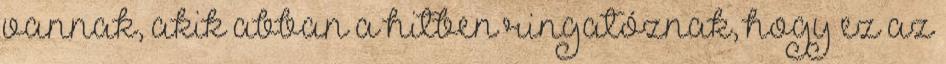
vannak, akik abban a hitben ringatóznak, hogy ez az